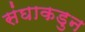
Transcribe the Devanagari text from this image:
संघाकडुन